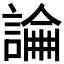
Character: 𧪺